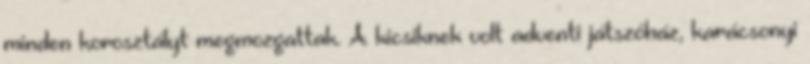
minden korosztályt megmozgattak. A kicsiknek volt adventi játszóház, karácsonyi